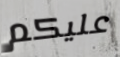
عليكم